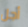
أجل